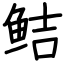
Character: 鲒